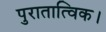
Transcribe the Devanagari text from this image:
पुरातात्विक।